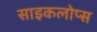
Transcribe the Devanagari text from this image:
साइकलोप्स